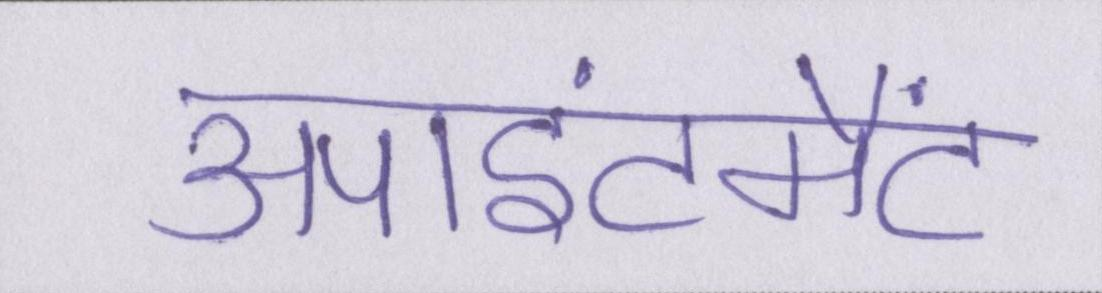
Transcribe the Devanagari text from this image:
अपाइंटमैंट